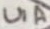
Text: U1A